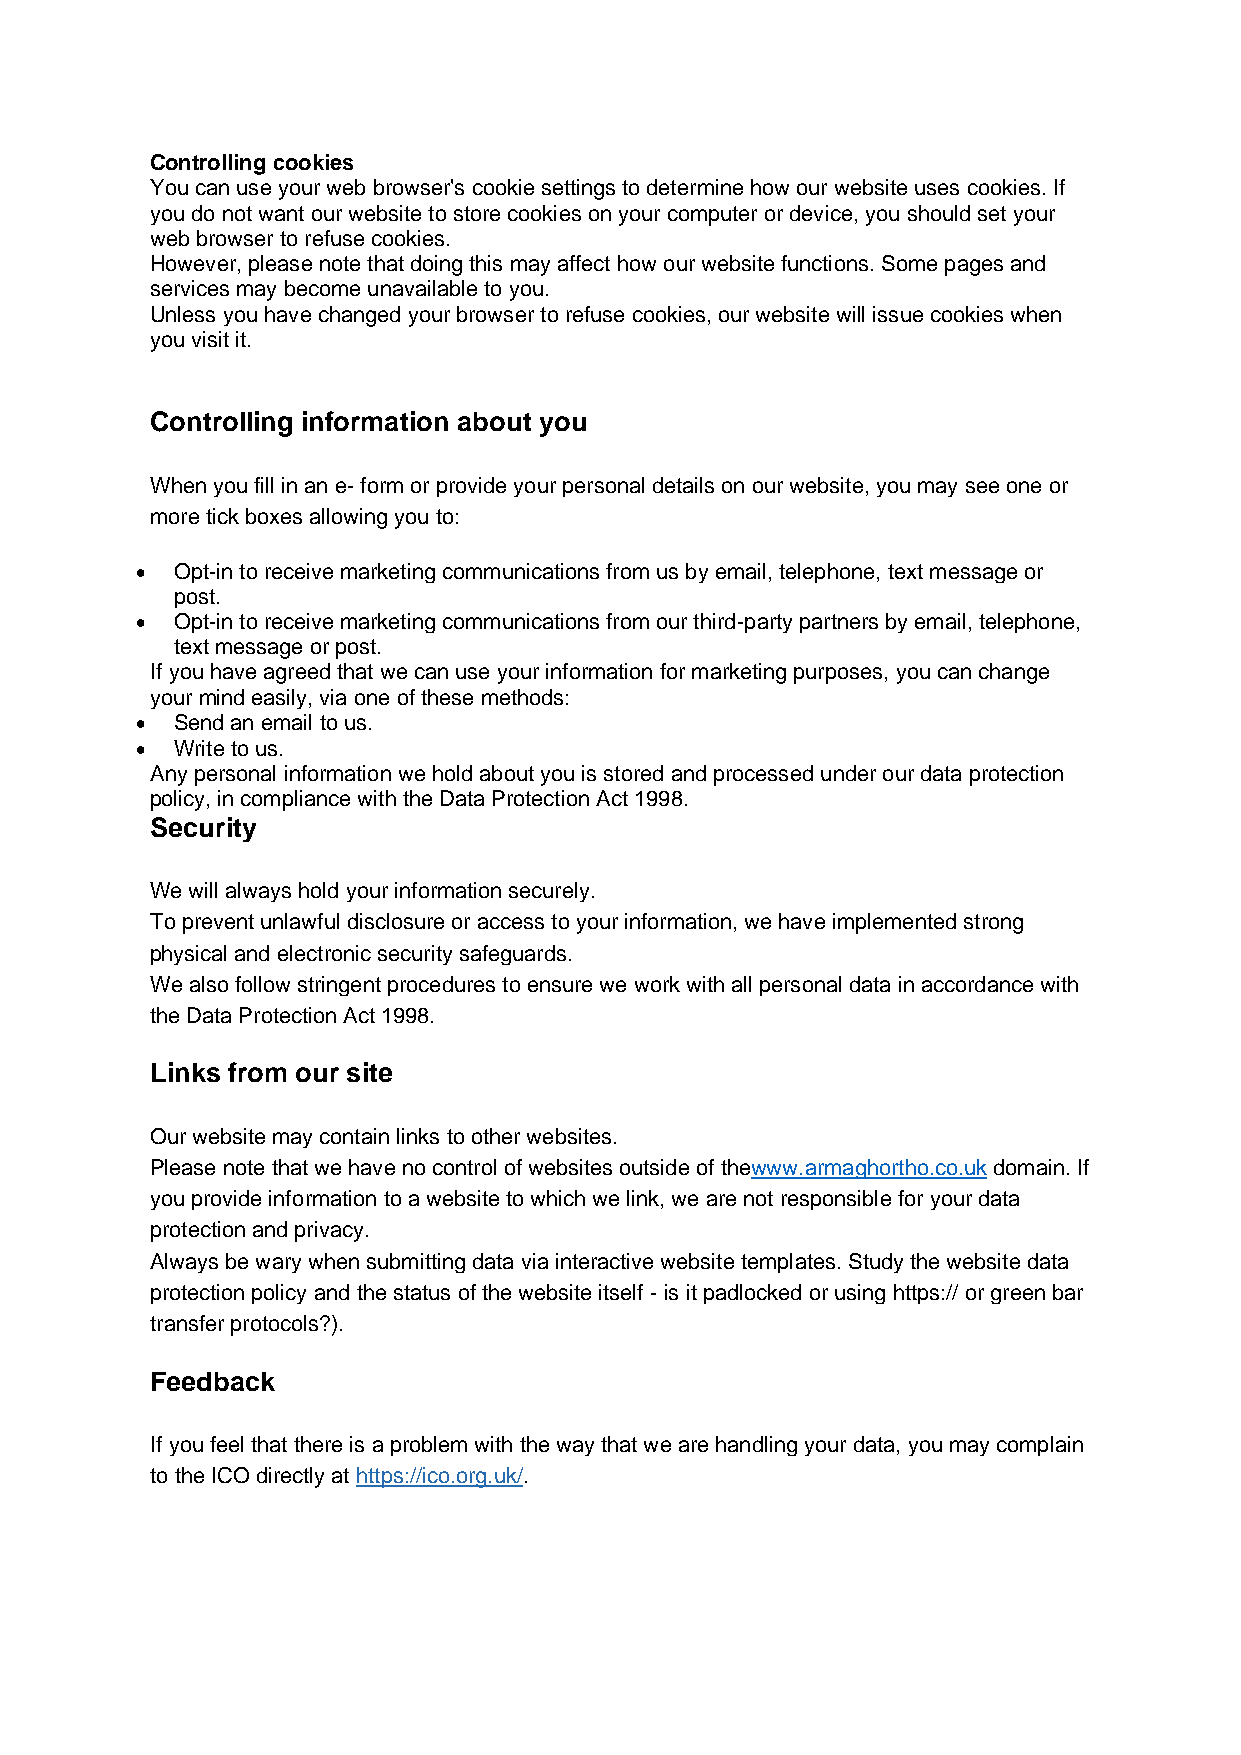
Controlling cookies
 You can use your web browser's cookie settings to determine how our website uses cookies. If
 you do not want our website to store cookies on your computer or device, you should set your
 web browser to refuse cookies.
 However, please note that doing this may affect how our website functions. Some pages and
 services may become unavailable to you.
 Unless you have changed your browser to refuse cookies, our website will issue cookies when
 you visit it.
 Controlling information about you
 When you fill in an e- form or provide your personal details on our website, you may see one or
 more tick boxes allowing you to:
 • Opt-in to receive marketing communications from us by email, telephone, text message or
 post.
 • Opt-in to receive marketing communications from our third-party partners by email, telephone,
 text message or post.
 If you have agreed that we can use your information for marketing purposes, you can change
 your mind easily, via one of these methods:
 • Send an email to us.
 • Write to us.
 Any personal information we hold about you is stored and processed under our data protection
 policy, in compliance with the Data Protection Act 1998.
 Security
 We will always hold your information securely.
 To prevent unlawful disclosure or access to your information, we have implemented strong
 physical and electronic security safeguards.
 We also follow stringent procedures to ensure we work with all personal data in accordance with
 the Data Protection Act 1998.
 Links from our site
 Our website may contain links to other websites.
 Please note that we have no control of websites outside of thewww.armaghortho.co.uk domain. If
 you provide information to a website to which we link, we are not responsible for your data
 protection and privacy.
 Always be wary when submitting data via interactive website templates. Study the website data
 protection policy and the status of the website itself - is it padlocked or using https:// or green bar
 transfer protocols?).
 Feedback
 If you feel that there is a problem with the way that we are handling your data, you may complain
 to the ICO directly at https://ico.org.uk/.